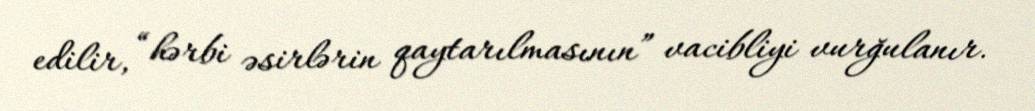
edilir, “hərbi əsirlərin qaytarılmasının” vacibliyi vurğulanır.